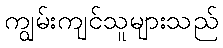
ကျွမ်းကျင်သူများသည်